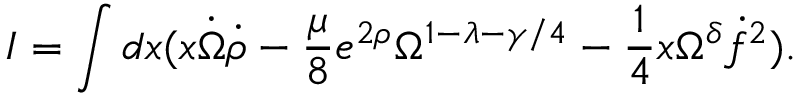
I = \int d x ( x \dot { \Omega } \dot { \rho } - \frac { \mu } { 8 } e ^ { 2 \rho } \Omega ^ { 1 - \lambda - \gamma / 4 } - \frac { 1 } { 4 } x \Omega ^ { \delta } \dot { f } ^ { 2 } ) .